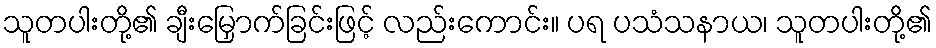
သူတပါးတို့၏ ချီးမြှောက်ခြင်းဖြင့် လည်းကောင်း။ ပရ ပသံသနာယ၊ သူတပါးတို့၏